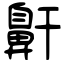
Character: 鼾